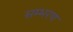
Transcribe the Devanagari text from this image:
सम्भरण